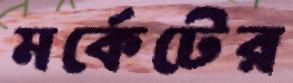
মর্কেটের